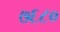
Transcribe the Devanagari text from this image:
७६८०